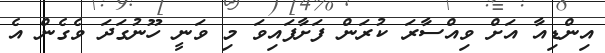
އިންޑިއާ އަށް ވިއްސާރަ ކުރަން ފަށާފައިވަ މި ވަނީ ހޫނުގަދަ ވެގެން އެ